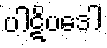
ပါဋိပဒေါ